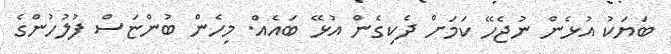
ބަޔަކު އުޅެން ނުޖެހޭ ކަމަށް ދެކިގެން އުޅޭ ބައެއް. މިހެން ބުންޏަސް ފުލުހުންގެ